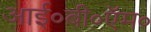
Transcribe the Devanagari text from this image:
आई०बी०ऍम०